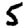
Digit: 5